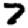
Digit: 7